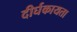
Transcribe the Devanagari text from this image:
दीर्घकायता